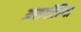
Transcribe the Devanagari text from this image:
असगीरिया